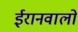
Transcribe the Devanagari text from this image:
ईरानवालों